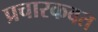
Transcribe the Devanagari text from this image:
प्रचारकवत